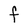
Character: F